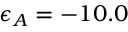
\epsilon _ { A } = - 1 0 . 0